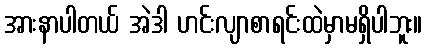
အားနာပါတယ် အဲဒါ ဟင်းလျာစာရင်းထဲမှာမရှိပါဘူး။